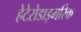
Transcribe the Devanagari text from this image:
हेटेरोडाइमरिक